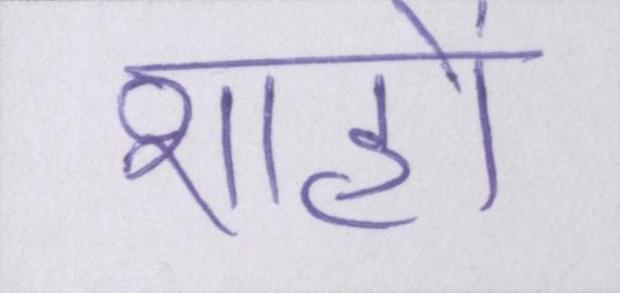
शाहों